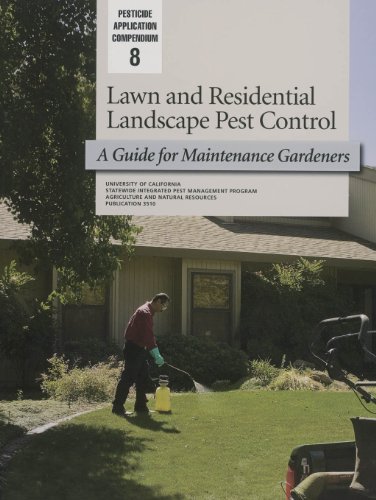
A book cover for Lawn and Residential Landscape Pest Control: A Guide for Maintenance Gardeners; S. Cohen; Crafts, Hobbies & Home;